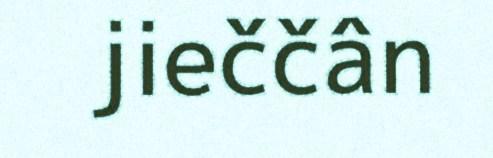
jieččân